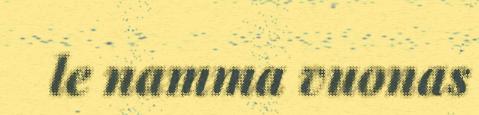
le namma vuonas